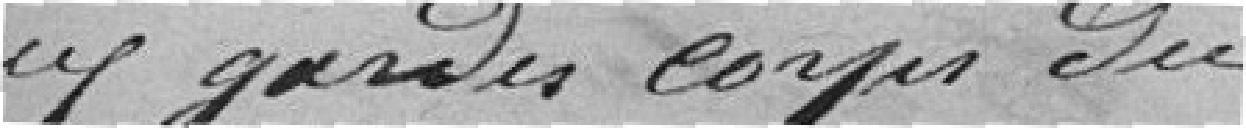
gardes corps du